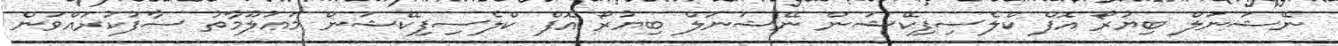
ނޭޝަނަލް ބިޔުރޯ އޮފް ކްލެސިފިކޭޝަން ނޭޝަނަލް ބިޔުރޯ އޮފް ކްލެސިފިކޭޝަން މަޢުލޫމާތު ސާފުކުރައްވަން